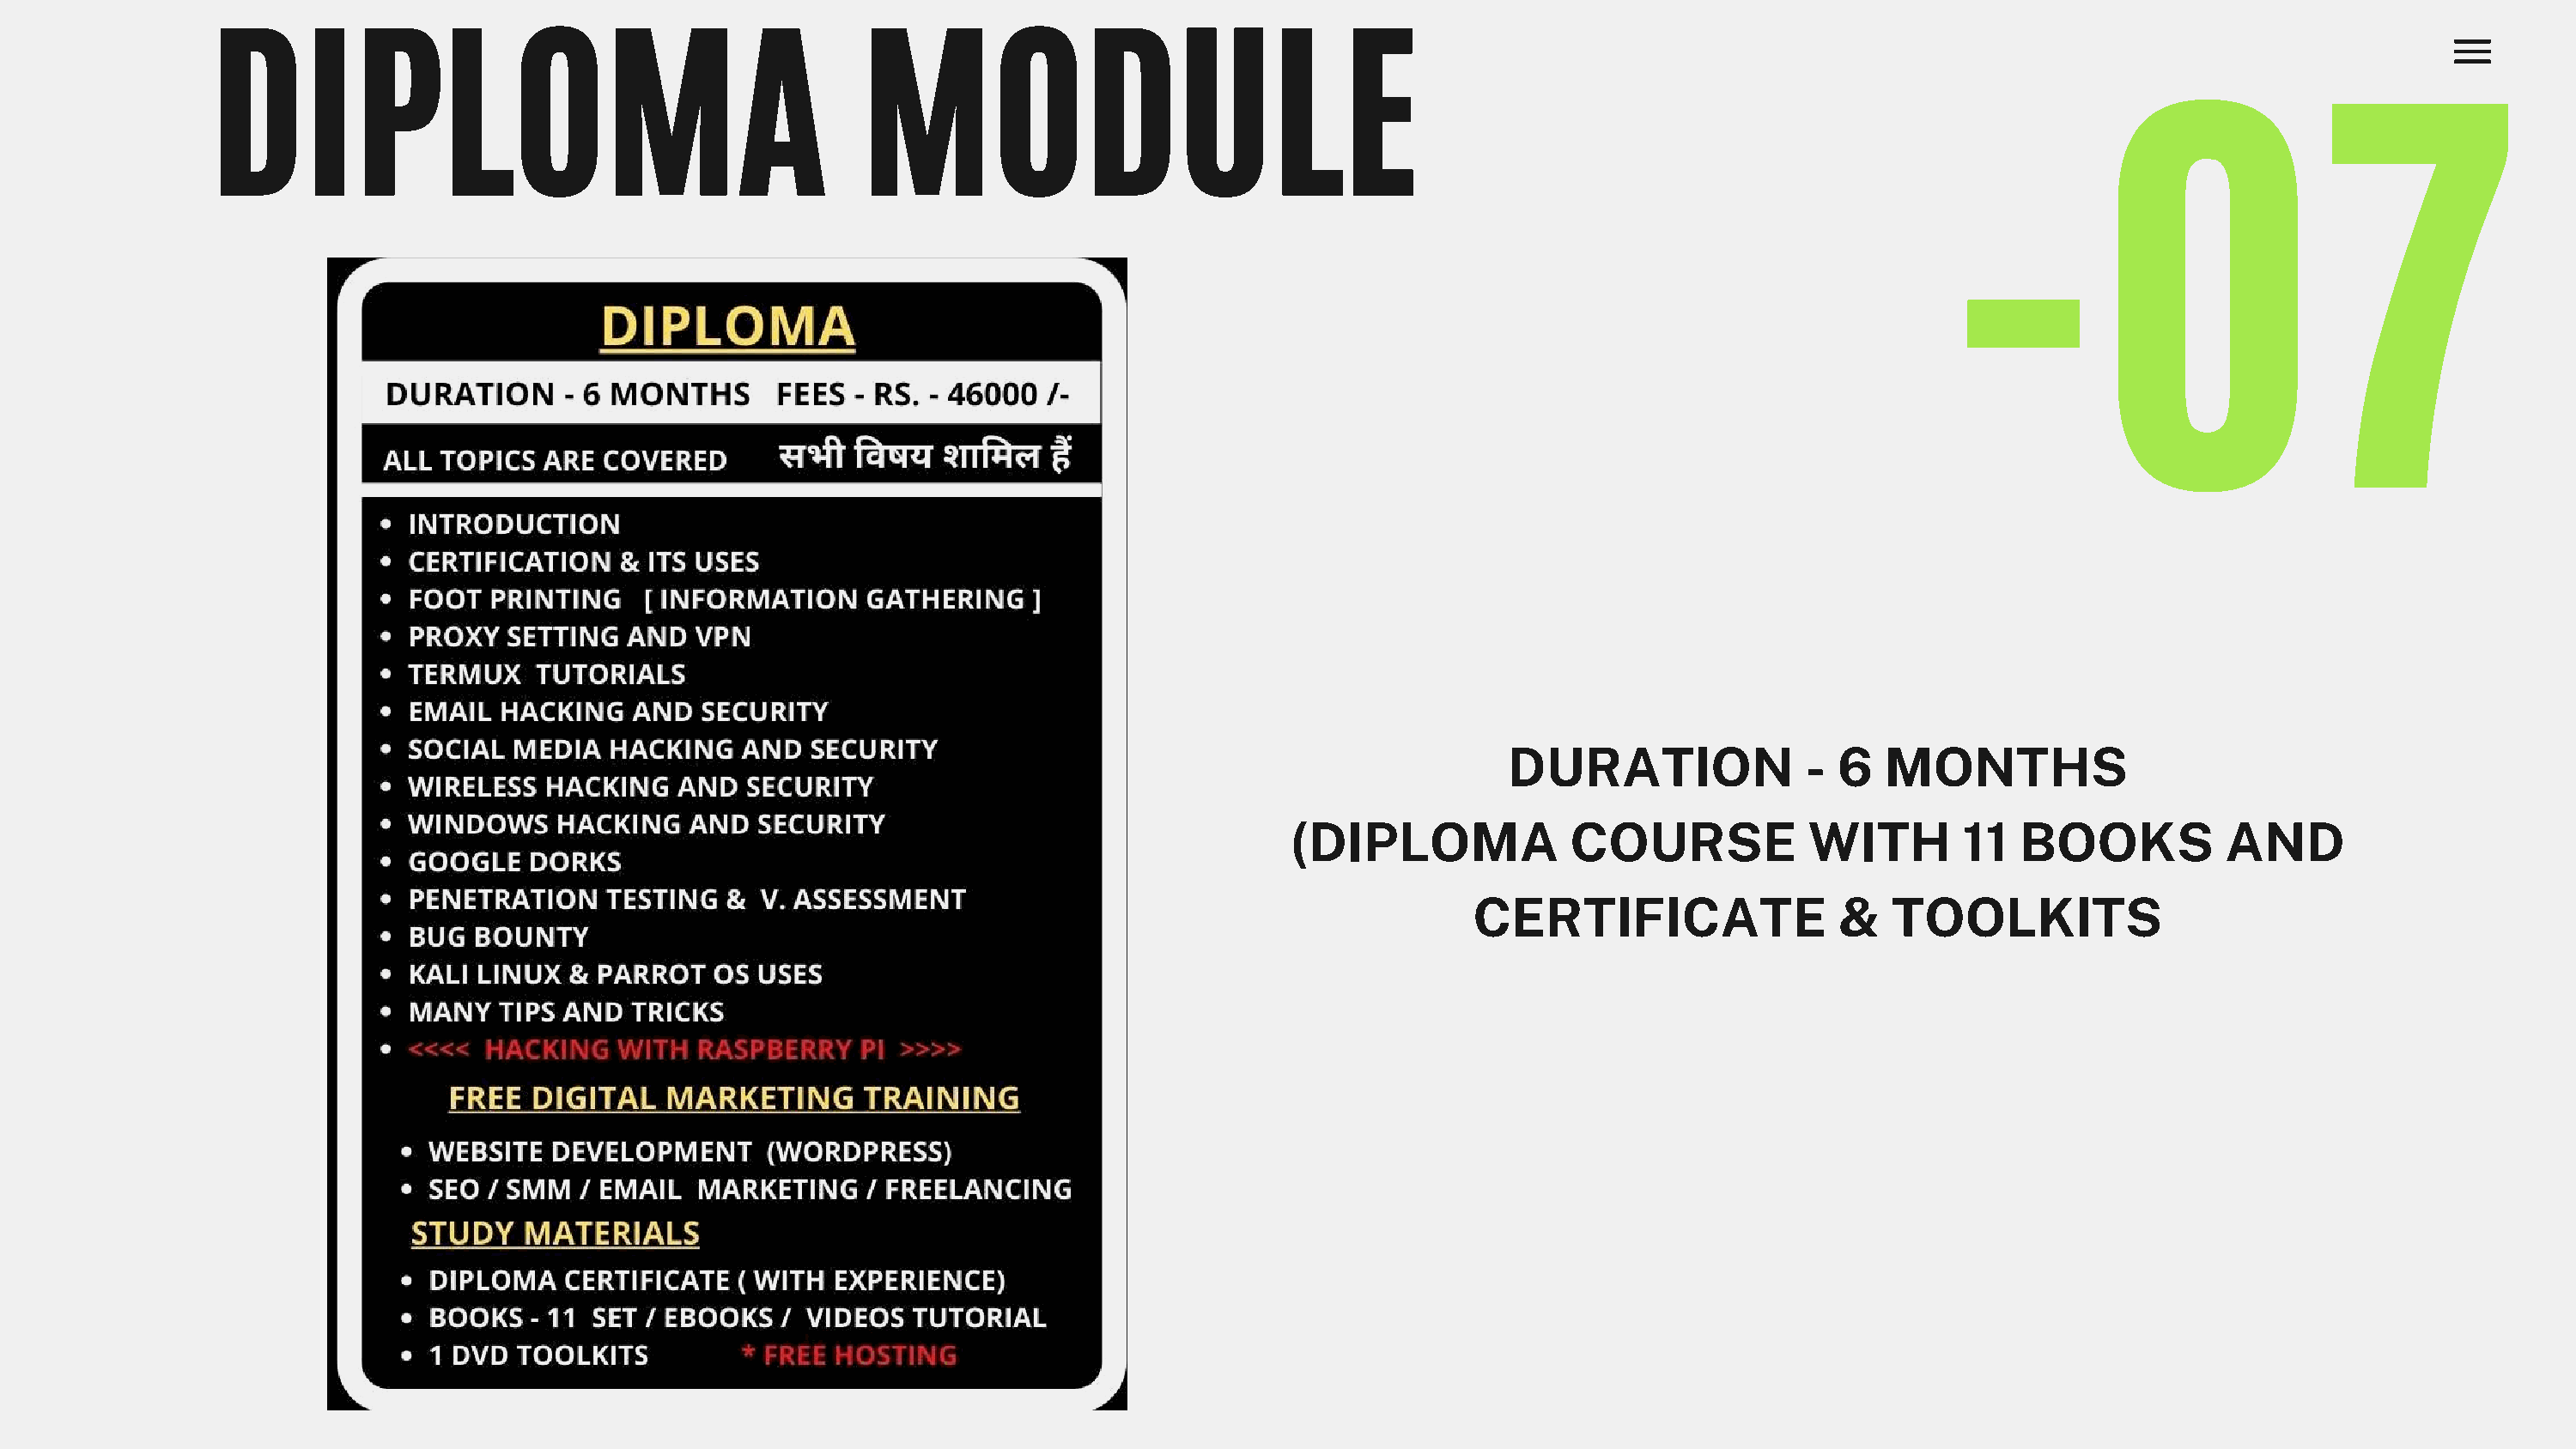
DIPLOMA                                           MODULE
 -07
 DURATION               -  6  MONTHS
 (DIPLOMA             COURSE            WITH        11   BOOKS           AND
 CERTIFICATE                 &   TOOLKITS